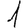
Digit: 1